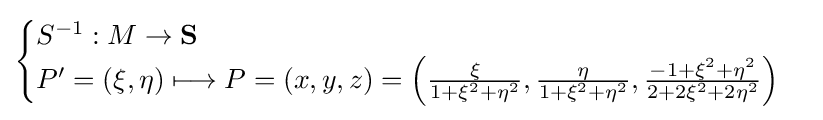
{\begin{cases}S^{-1}:M\to \mathbf {S} \\P'=(\xi ,\eta )\longmapsto P=(x,y,z)=\left({\frac {\xi }{1+\xi ^{2}+\eta ^{2}}},{\frac {\eta }{1+\xi ^{2}+\eta ^{2}}},{\frac {-1+\xi ^{2}+\eta ^{2}}{2+2\xi ^{2}+2\eta ^{2}}}\right)\end{cases}}